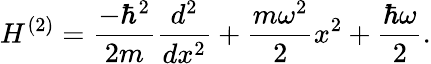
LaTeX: H^{(2)}={\frac{-\hbar^{2}}{2m}}{\frac{d^{2}}{dx^{2}}}+{\frac{m\omega^{2}}{2}}x^{2}+{\frac{\hbar\omega}{2}}.